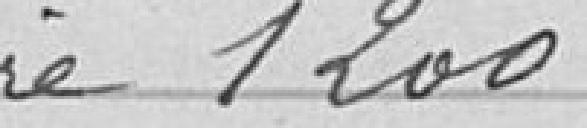
1 200